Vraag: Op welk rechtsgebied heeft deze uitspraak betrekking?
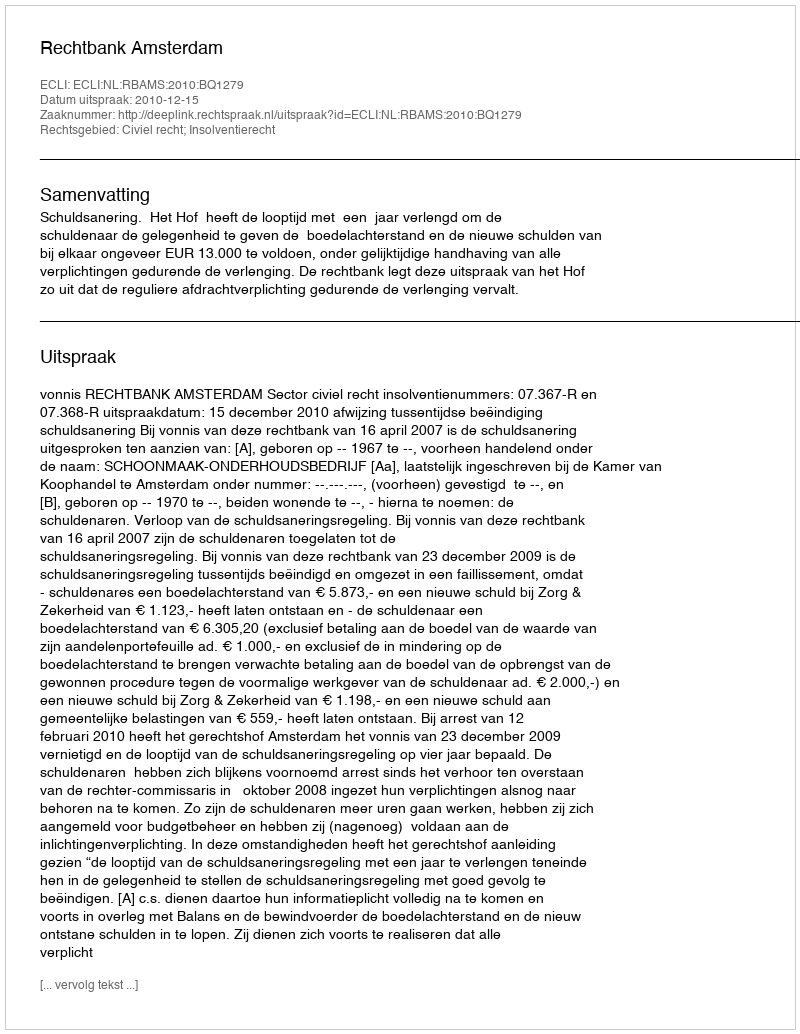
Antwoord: Civiel recht; Insolventierecht